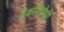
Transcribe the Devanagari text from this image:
टँकविरोधी